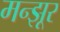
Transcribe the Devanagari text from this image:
मन्झूर